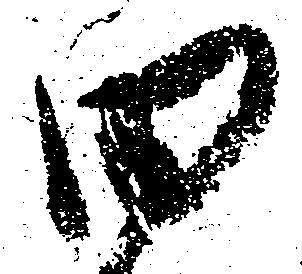
田